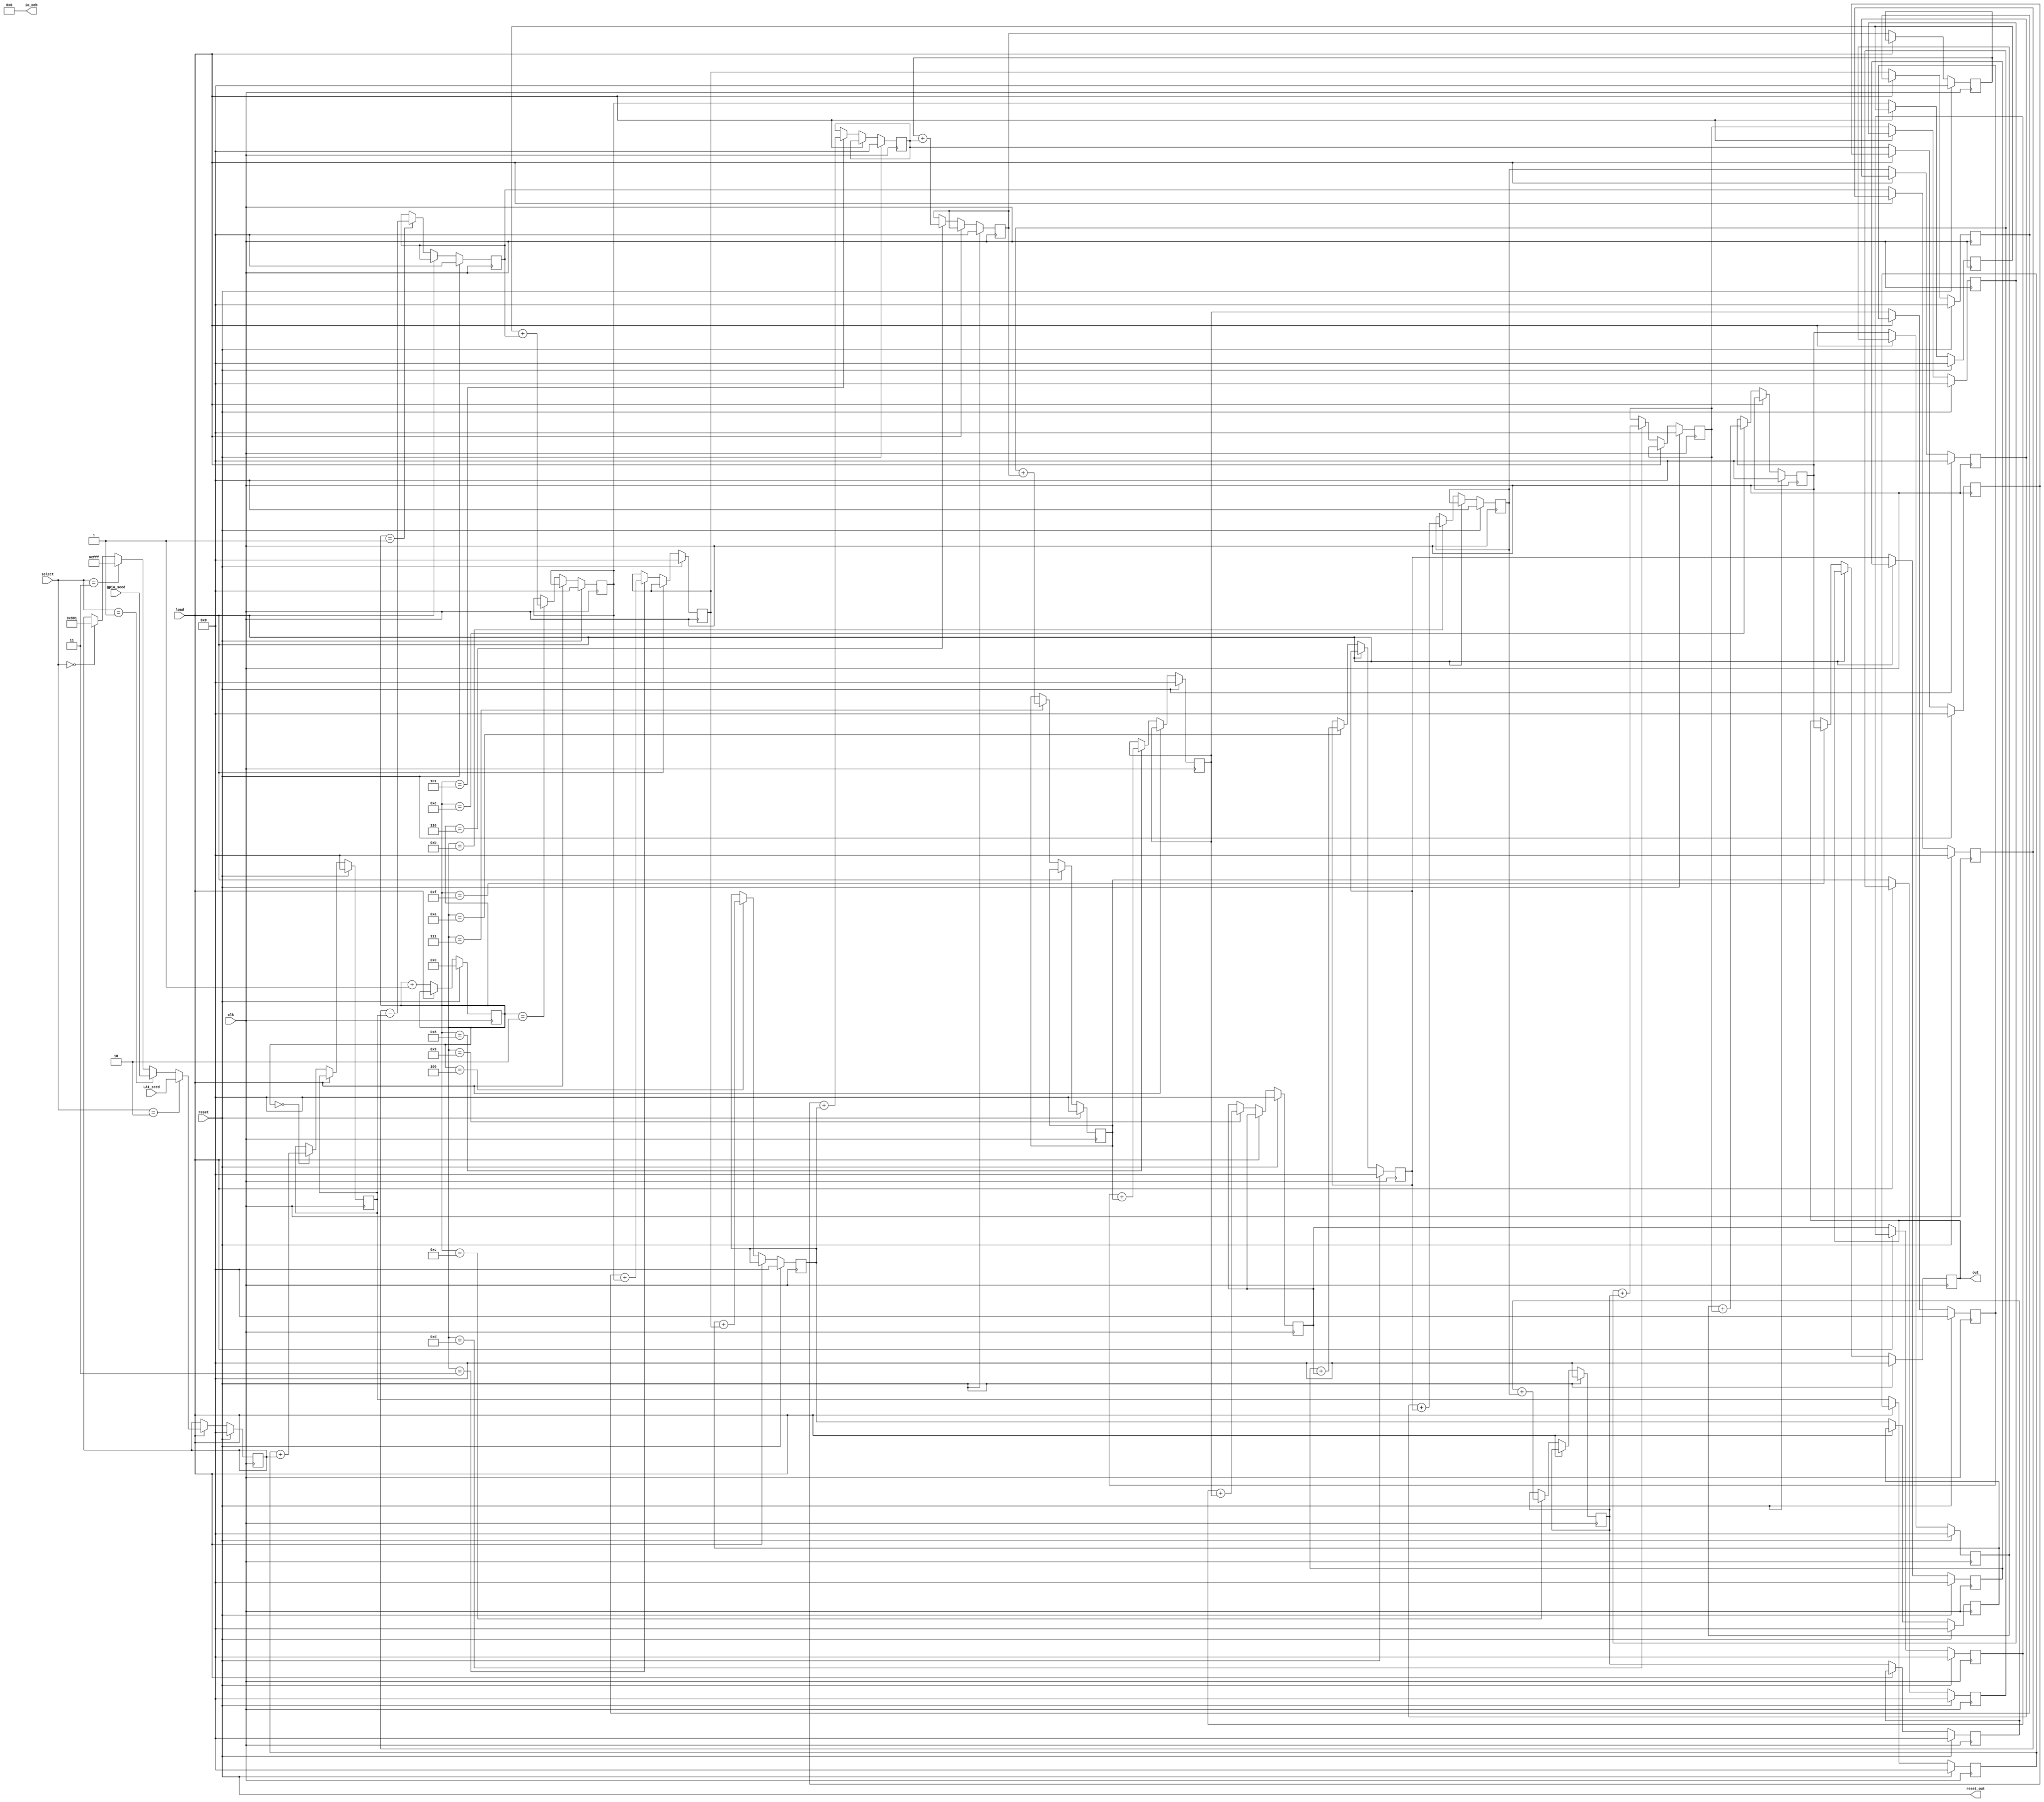
////////////////////////////////////////////////////////////////////////////////////////////
// ACORN (Additive Congruential Random Number) generator, a pseudo random number generator
// Inspired from this page: http://acorn.wikramaratna.org/ 
// Made by Zhenle Cao for the ZerotoASIC course
// Huge shoutout and appreciation to Steven Goldsmith for his invaluable assistance.
// March 2022, to be taped out on MPW5
// 16th order ACORN with modulus = 2^16, and easily scalable to higher modulos.
////////////////////////////////////////////////////////////////////////////////////////////

`default_nettype none
`timescale 1ns/1ps

module acorn_prng (

`ifdef USE_POWER_PINS
	inout vccd1,	// User area 1 1.8V power
	inout vssd1,	// User area 1 digital ground
`endif

    input clk,
    input reset,
    input wire load,
    input wire [1:0] select,
    input wire [11:0] gpio_seed,
    input wire [11:0] LA1_seed,
    output reg [11:0] out,
    output [12:0] io_oeb,
    output wire reset_out
);

assign io_oeb = 13'b0;

assign reset_out = reset;

reg [11:0] seed;

reg [11:0] r01;
reg [11:0] r02;
reg [11:0] r03;
reg [11:0] r04;
reg [11:0] r05;
reg [11:0] r06;
reg [11:0] r07;
reg [11:0] r08;
reg [11:0] r09;
reg [11:0] r010;
reg [11:0] r011;
reg [11:0] r012;
reg [11:0] r013;
reg [11:0] r014;
reg [11:0] r015;

reg [11:0] r10;
reg [11:0] r11;
reg [11:0] r12;
reg [11:0] r13;
reg [11:0] r14;
reg [11:0] r15;
reg [11:0] r16;
reg [11:0] r17;
reg [11:0] r18;
reg [11:0] r19;
reg [11:0] r110;
reg [11:0] r111;
reg [11:0] r112;
reg [11:0] r113;
reg [11:0] r114;
reg [11:0] r115;


reg [3:0] counter;



always @(posedge clk) begin


	if (reset) begin 

//everything to zero 

		counter <= 0;
		r01 <= 0;
		r02 <= 0;
		r03 <= 0;
		r04 <= 0;
		r05 <= 0;
		r06 <= 0;
		r07 <= 0;
		r08 <= 0;
		r09 <= 0;
		r010 <= 0;
		r011 <= 0;
		r012 <= 0;
		r013 <= 0;
		r014 <= 0;
		r015 <= 0;

		r11 <= 0;
		r12 <= 0;
		r13 <= 0;
		r14 <= 0;
		r15 <= 0;
		r16 <= 0;
		r17 <= 0;
		r18 <= 0;
		r19 <= 0;
		r110 <= 0;
		r111 <= 0;
		r112 <= 0;
		r113 <= 0;
		r114 <= 0;
		r115 <= 0;

		out <= 0;
		seed <= 0;
		

	end else 
	
	if (load) begin
	
	if(select == 2'b00)
	seed <= 12'b100000000001;
	
	if(select == 2'b11)
	seed <= 12'b111111111111;
	
	if(select == 2'b01)
	seed <= gpio_seed;
	
	if(select == 2'b10)
	seed <= LA1_seed;
	
	
	end else begin

	counter <= counter + 1;
	
	if(counter == 0)

	r11 <= r01+seed;
	
	if(counter == 1)

	r12 <= r02+r11;

	if(counter == 2)

	r13 <= r03+r12;

	if(counter == 3)
	r14 <= r04+r13;

	if(counter == 4)
	r15 <= r05+r14;

	if(counter == 5)
	r16 <= r06+r15;

	if(counter == 6)
	r17 <= r07+r16;

	if(counter == 7)
	r18 <= r08+r17;

	if(counter == 8)
	r19 <= r09+r18;

	if(counter == 9)
	r110 <= r010+r19;

	if(counter == 10)
	r111 <= r011+r110;

	if(counter == 11)
	r112 <= r012+r111;

	if(counter == 12)
	r113 <= r013+r112;

	if(counter == 13)
	r114 <= r014+r113;

	if(counter == 14)
	r115 <= r015+r114;

	if(counter == 15)

		out <= r115;

		r01 <= r11;
		r02 <= r12;
		r03 <= r13;
		r04 <= r14;
		r05 <= r15;
		r06 <= r16;
		r07 <= r17;
		r08 <= r18;
		r09 <= r19;
		r010 <= r110;
		r011 <= r111;
		r012 <= r112;
		r013 <= r113;
		r014 <= r114;
		r015 <= r115;
		


	end
end


endmodule